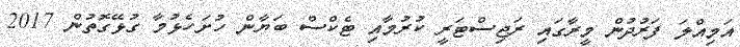
އަމިއްލަ ފަރުދުން މީރާގައި ރަޖިސްޓަރީ ކުރުމާއި ޓެކްސް ބަޔާން ހުށަހެޅުމާ ގުޅޭގޮތުން 2017